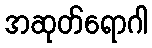
အဆုတ်ရောဂါ